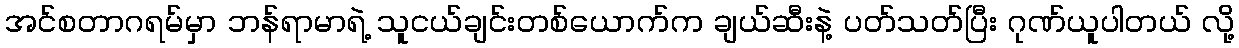
အင်စတာဂရမ်မှာ ဘန်ရာမာရဲ့ သူငယ်ချင်းတစ်ယောက်က ချယ်ဆီးနဲ့ ပတ်သတ်ပြီး ဂုဏ်ယူပါတယ် လို့